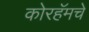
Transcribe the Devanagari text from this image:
कोरहॅमचे